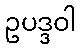
ဥပဒ္ဒဝါ